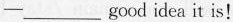
-___ good idea it is!